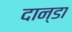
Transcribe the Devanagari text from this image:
दान्डा